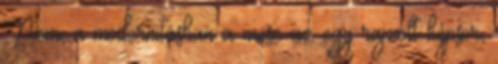
Nem, a modernitásban a mese az egy rajzolt képsor,